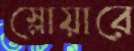
স্লোয়ারে